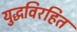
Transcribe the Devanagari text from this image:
युद्धविरहित